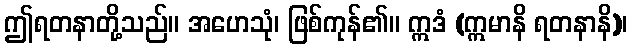
ဤရတနာတို့သည်။ အဟေသုံ၊ ဖြစ်ကုန်၏။ ဣဒံ (ဣမာနိ ရတနာနိ)၊